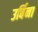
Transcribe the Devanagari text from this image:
उर्बिना